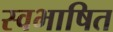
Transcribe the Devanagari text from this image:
स्वभाषित